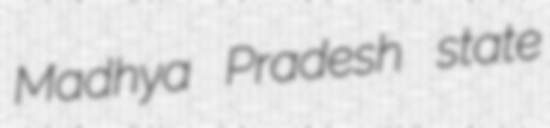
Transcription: Madhya Pradesh state